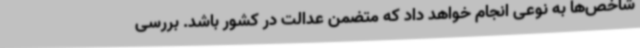
شاخص‌ها به نوعی انجام خواهد داد که متضمن عدالت در کشور باشد. بررسی